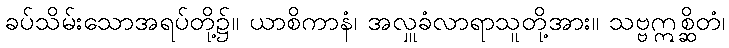
ခပ်သိမ်းသောအရပ်တို့၌။ ယာစိကာနံ၊ အလှူခံလာရာသူတို့အား။ သဗ္ဗဣစ္ဆိတံ၊